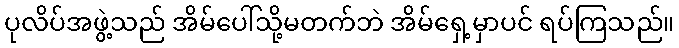
ပုလိပ်အဖွဲ့သည် အိမ်ပေါ်သို့မတက်ဘဲ အိမ်ရှေ့မှာပင် ရပ်ကြသည်။